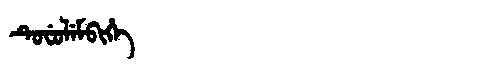
Manchu: ᡨᡠᠸᡠᠯᡝᠮᠪᡳᡥᡝ
Romanization: TUFULEMBIHE